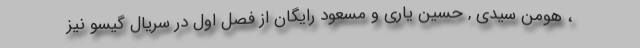
، هومن سیدی , حسین یاری و مسعود رایگان از فصل اول در سریال گیسو نیز